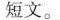
短文.